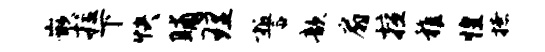
嵌拉下快晡理誓歆扇擅稚惶撩